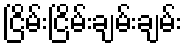
ငြိမ်းငြိမ်းချမ်းချမ်း